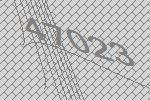
47023